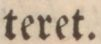
teret.